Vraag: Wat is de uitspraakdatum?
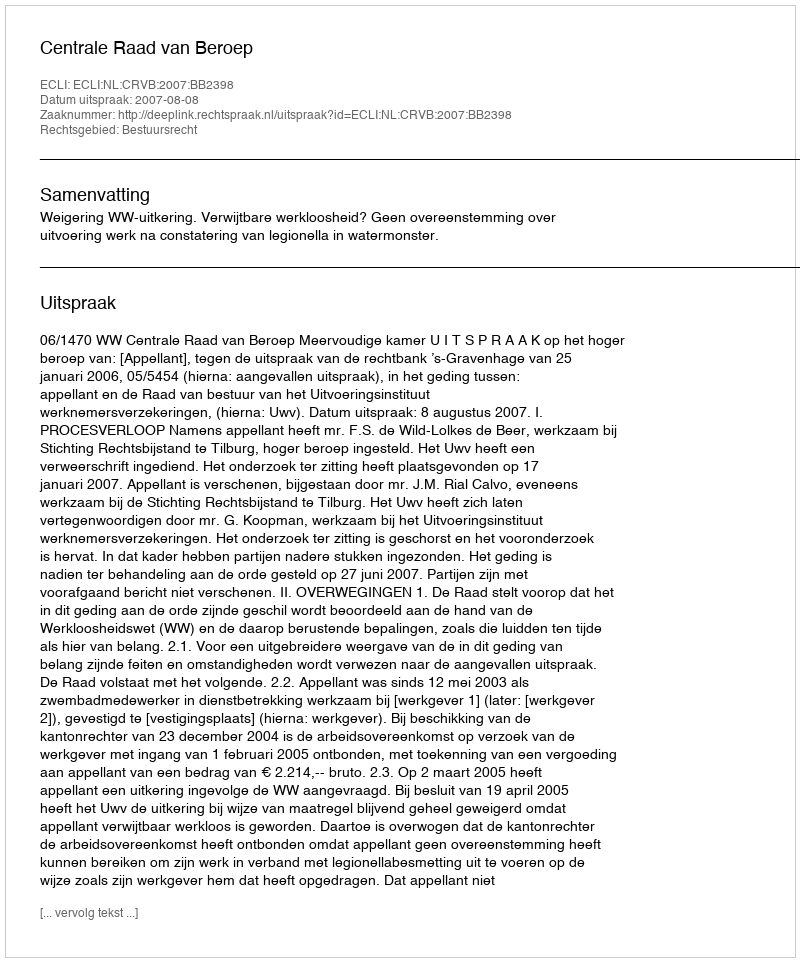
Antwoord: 2007-08-08